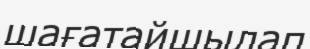
шағатайшылап